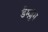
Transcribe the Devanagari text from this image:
डैम्ज़ुंग